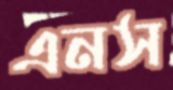
এনস